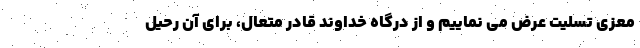
معزی تسلیت عرض می نماییم و از درگاه خداوند قادر متعال، برای آن رحیل